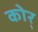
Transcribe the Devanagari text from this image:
कोर्